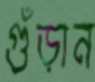
গুঁড়ান